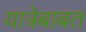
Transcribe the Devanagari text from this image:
यात्रेबाबत